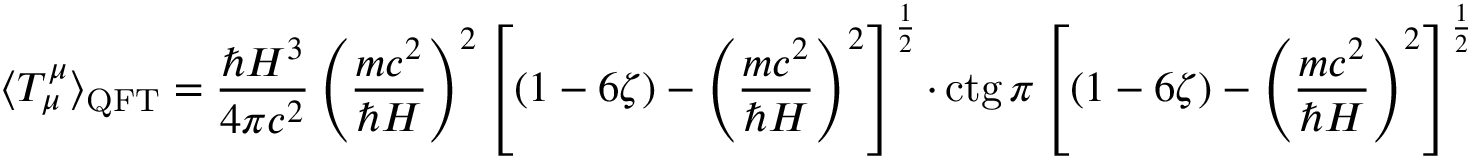
\langle T _ { \mu } ^ { \mu } \rangle _ { \mathrm { Q F T } } = \frac { \hbar H ^ { 3 } } { 4 \pi c ^ { 2 } } \left( \frac { m c ^ { 2 } } { \hbar H } \right) ^ { 2 } \left\lbrack ( 1 - 6 \zeta ) - \left( \frac { m c ^ { 2 } } { \hbar H } \right) ^ { 2 } \right\rbrack ^ { \frac { 1 } { 2 } } \cdot \mathrm { c t g } \: \pi \left\lbrack ( 1 - 6 \zeta ) - \left( \frac { m c ^ { 2 } } { \hbar H } \right) ^ { 2 } \right\rbrack ^ { \frac { 1 } { 2 } }